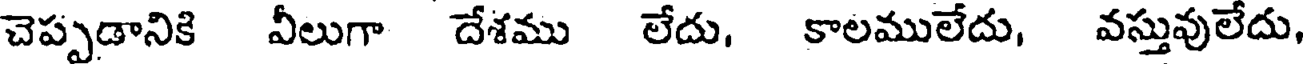
చెప్పడానికి వీలుగా దేశము లేదు, కాలములేదు, వస్తువులేదు,